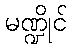
မဏ္ဍိုင်